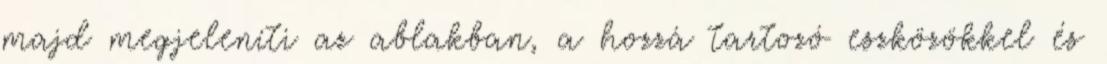
majd megjeleníti az ablakban, a hozzá tartozó eszközökkel és